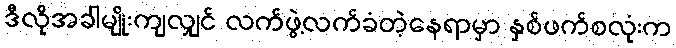
ဒီလိုအခါမျိုးကျလျှင် လက်ဖွဲ့လက်ခံတဲ့နေရာမှာ နှစ်ဖက်စလုံးက